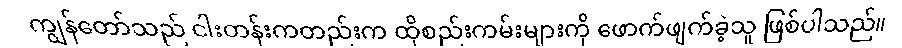
ကျွန်တော်သည် ငါးတန်းကတည်းက ထိုစည်းကမ်းများကို ဖောက်ဖျက်ခဲ့သူ ဖြစ်ပါသည်။